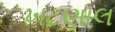
ખટણાલ